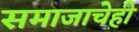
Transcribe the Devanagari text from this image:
समाजाचेही